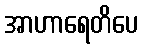
အာဟာရေတိပေ